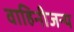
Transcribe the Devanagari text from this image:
वाहिनीजन्य